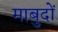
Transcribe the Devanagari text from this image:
माबुदों